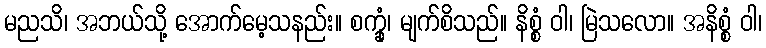
မညသိ၊ အဘယ်သို့ အောက်မေ့သနည်း။ စက္ခုံ၊ မျက်စိသည်။ နိစ္စံ ဝါ၊ မြဲသလော။ အနိစ္စံ ဝါ၊